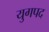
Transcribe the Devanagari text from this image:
युगपद